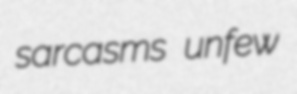
sarcasms unfew